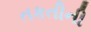
તકતીની